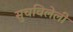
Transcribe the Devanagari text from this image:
सुचविलेली